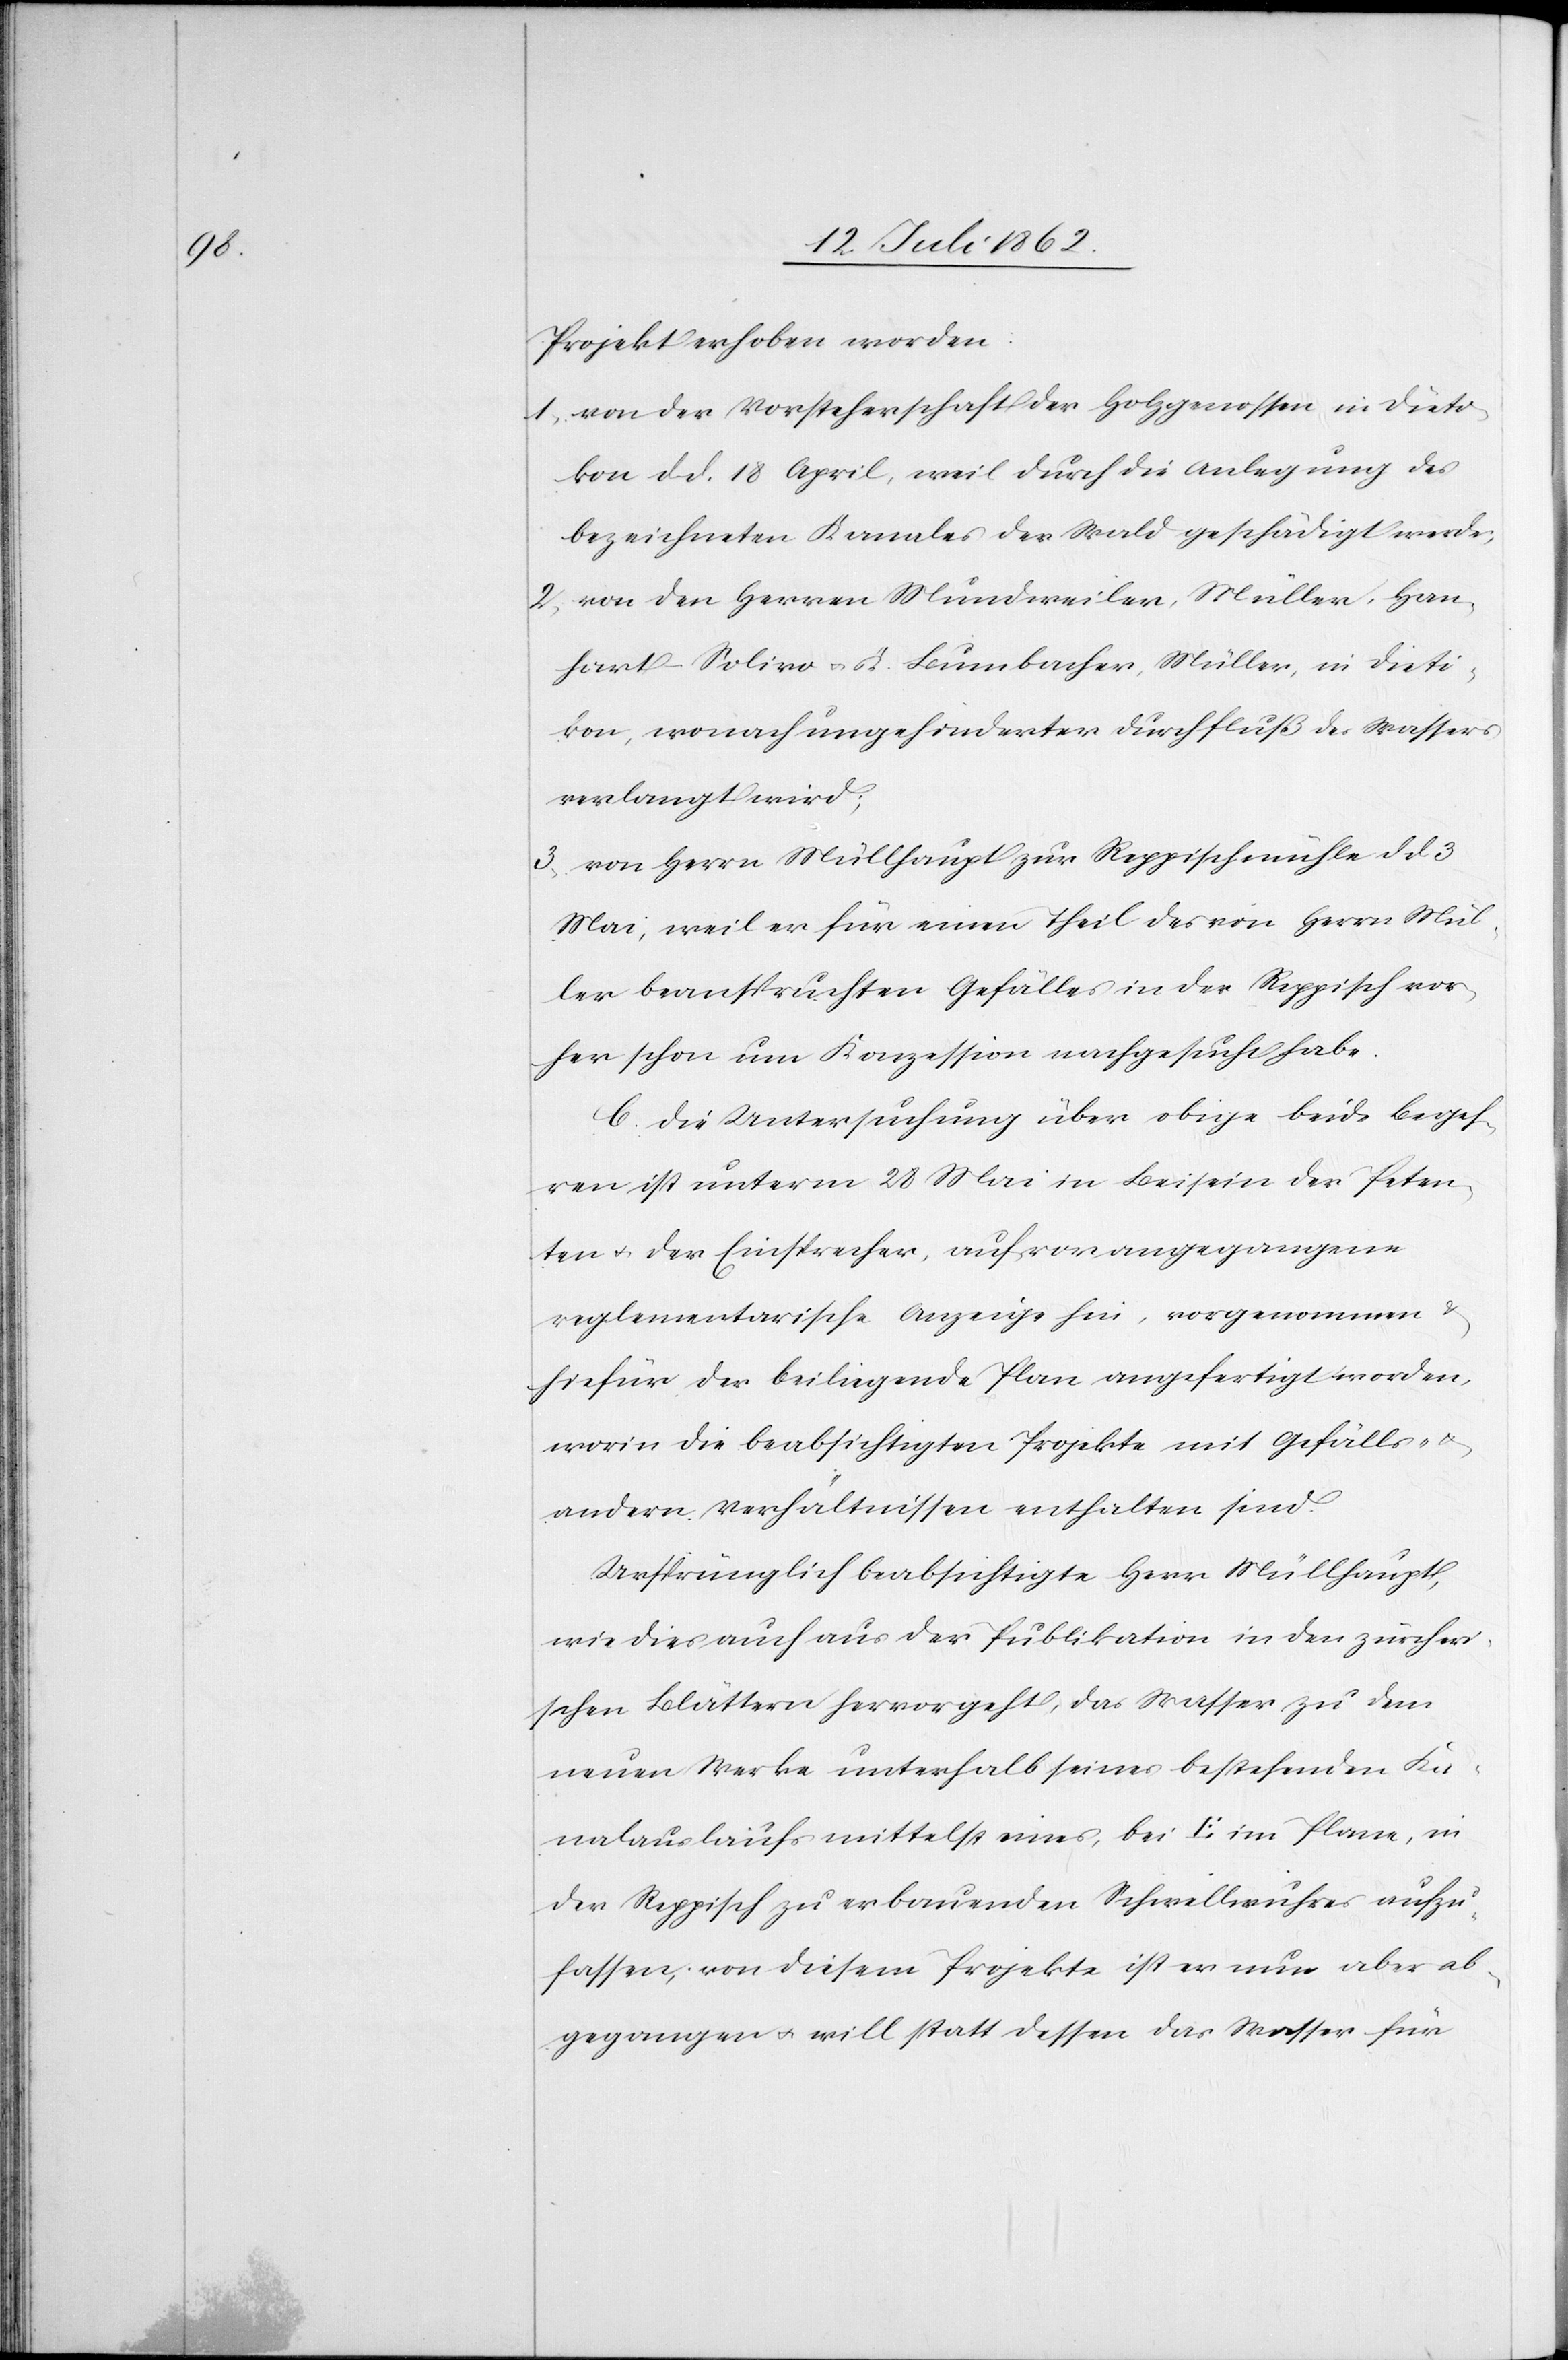
Projekt erhoben worden:
1. von der Vorsteherschaft der Holzgenossen in Dieti¬
kon d. d. 18. April, weil durch die Anlegung des
bezeichneten Kanales der Wald geschädigt werde;
2. von den Herren Mundweiler, Müller, Han¬
hart-Solivo u. K. Bumbacher, Müller, in Dieti¬
kon, wonach ungehinderter Durchfluß des Wassers
verlangt wird;
3. von Herrn Müllhaupt zur Reppischmühle d. d. 3.
Mai, weil er für einen Theil des von Herrn Mül¬
ler beanspruchten Gefälles in der Reppisch vor¬
her schon um Konzession nachgesucht habe.
C. Die Untersuchung über obige beide Begeh¬
ren ist unterm 28. Mai in Beisein der Peten¬
ten u. der Einsprecher, auf vorangegangene
reglementarische Anzeige hin, vorgenommen u.
hiefür der beiliegende Plan angefertigt worden,
worin die beabsichtigten Projekte mit Gefälls- u.
andern Verhältnissen enthalten sind.
Ursprünglich beabsichtigte Herr Müllhaupt,
wie dies auch aus der Publikation in den zürcheri¬
schen Blättern hervorgeht, das Wasser zu dem
neuen Werke unterhalb seines bestehenden Ka¬
nalauslaufs mittelst eines, bei E im Plane, in
der Reppisch zu erbauenden Schwellwuhres aufzu¬
fassen, von diesem Projekte ist er nun aber ab¬
gegangen u. will statt dessen das Wasser für